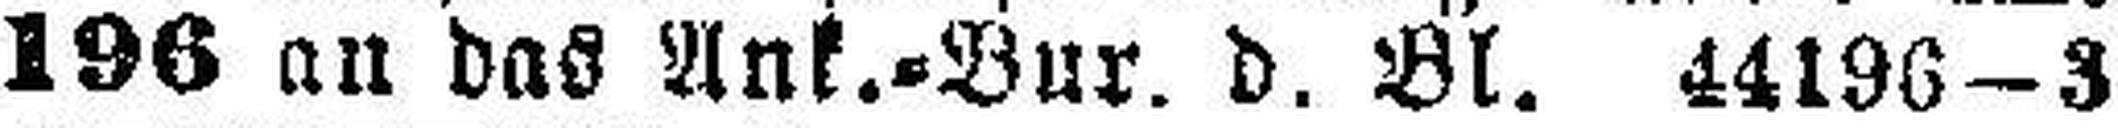
196 an das Ank.=Bur. d. Bl. 44196—3